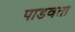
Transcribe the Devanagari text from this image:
पाडवता